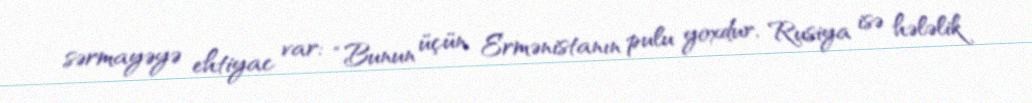
sərmayəyə ehtiyac var: “Bunun üçün Ermənistanın pulu yoxdur, Rusiya isə hələlik